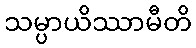
သမ္ပာယိဿာမီတိ